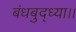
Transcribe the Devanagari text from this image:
बंधबुद्ध्या।।